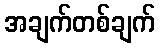
အချက်တစ်ချက်